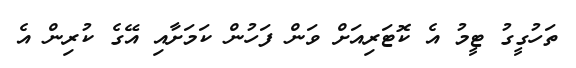
ތަހުގީގު ޓީމު އެ ކޮޓަރިއަށް ވަން ފަހުން ކަމަށާއި އޭގެ ކުރިން އެ